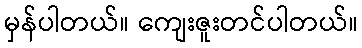
မှန်ပါတယ်။ ကျေးဇူးတင်ပါတယ်။